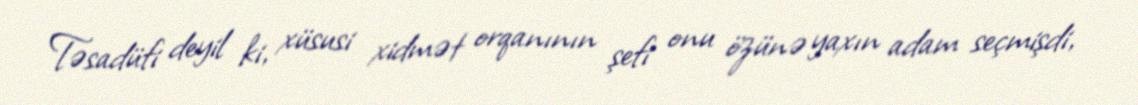
Təsadüfi deyil ki, xüsusi xidmət orqanının şefi onu özünə yaxın adam seçmişdi,